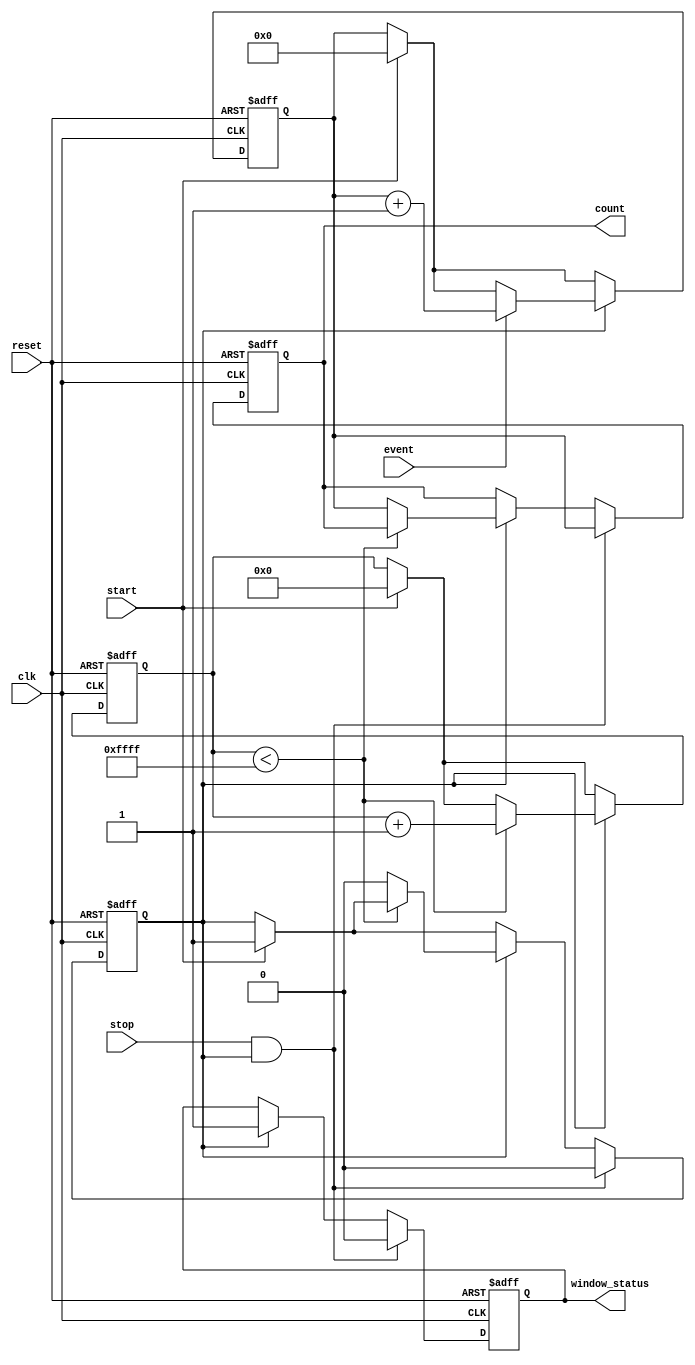
module windowed_counter #(
    parameter N = 8               // Bit width of the counter
)(
    input wire clk,               // Clock signal
    input wire event,             // Event input signal
    input wire start,             // Start signal for the counting window
    input wire stop,              // Stop signal for the counting window
    input wire reset,             // Asynchronous reset signal
    output reg [N-1:0] count,     // Current count value
    output reg window_status       // Indicates if the counter is active
);

    reg counting;
    reg [N-1:0] internal_count;    // Internal counter value
    reg [15:0] window_timer;        // Timer to manage the duration of counting window
    reg window_active;              // State to indicate if window is active

    // Synchronous process to handle counting
    always @(posedge clk or posedge reset) begin
        if (reset) begin
            internal_count <= 0;
            count <= 0;
            counting <= 0;
            window_status <= 0;
            window_active <= 0;
            window_timer <= 0;
        end else begin
            // Start/Stop logic
            if (start) begin
                counting <= 1;
                window_active <= 1;
                internal_count <= 0;
                window_timer <= 0; // Reset the timer
            end
            
            if (counting) begin
                // Count on event
                if (event) begin
                    internal_count <= internal_count + 1;
                end

                // Timer management
                if (window_timer < 16'hFFFF) begin
                    window_timer <= window_timer + 1; // Increment timer
                end else begin
                    counting <= 0; // Stop counting after timer overflows
                    count <= internal_count; // Latch the count
                    window_status <= 0; // Mark window as inactive
                    window_active <= 0; // Window is not active anymore
                end

                // Update the window status
                window_status <= 1; // Mark window as active
            end

            // Stop logic
            if (stop && counting) begin
                counting <= 0; // Stop counting
                count <= internal_count; // Latch the count
                window_status <= 0; // Mark window as inactive
                window_active <= 0; // Window is not active anymore
            end
        end
    end

endmodule